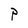
Character: p